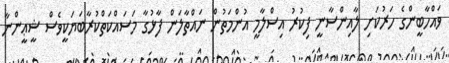
ވައްހާބީންގެ ހަރުކަށި ލާއިންސާނީ ފިކުރު އިސްލާމީ އުންމަތުން ނައްތާލަން ފާޅުގާ މަސައްކަތްކުރާބަޔަކީވެސް ޝީޢީންނާ